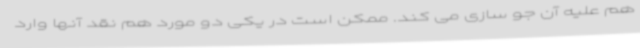
هم علیه آن جو سازی می کند. ممکن است در یکی دو مورد هم نقد آنها وارد